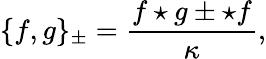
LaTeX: \{ f,g\} _{\pm}=\frac{f\star g\pm\star f}{\kappa},